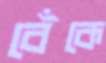
বেঁকে